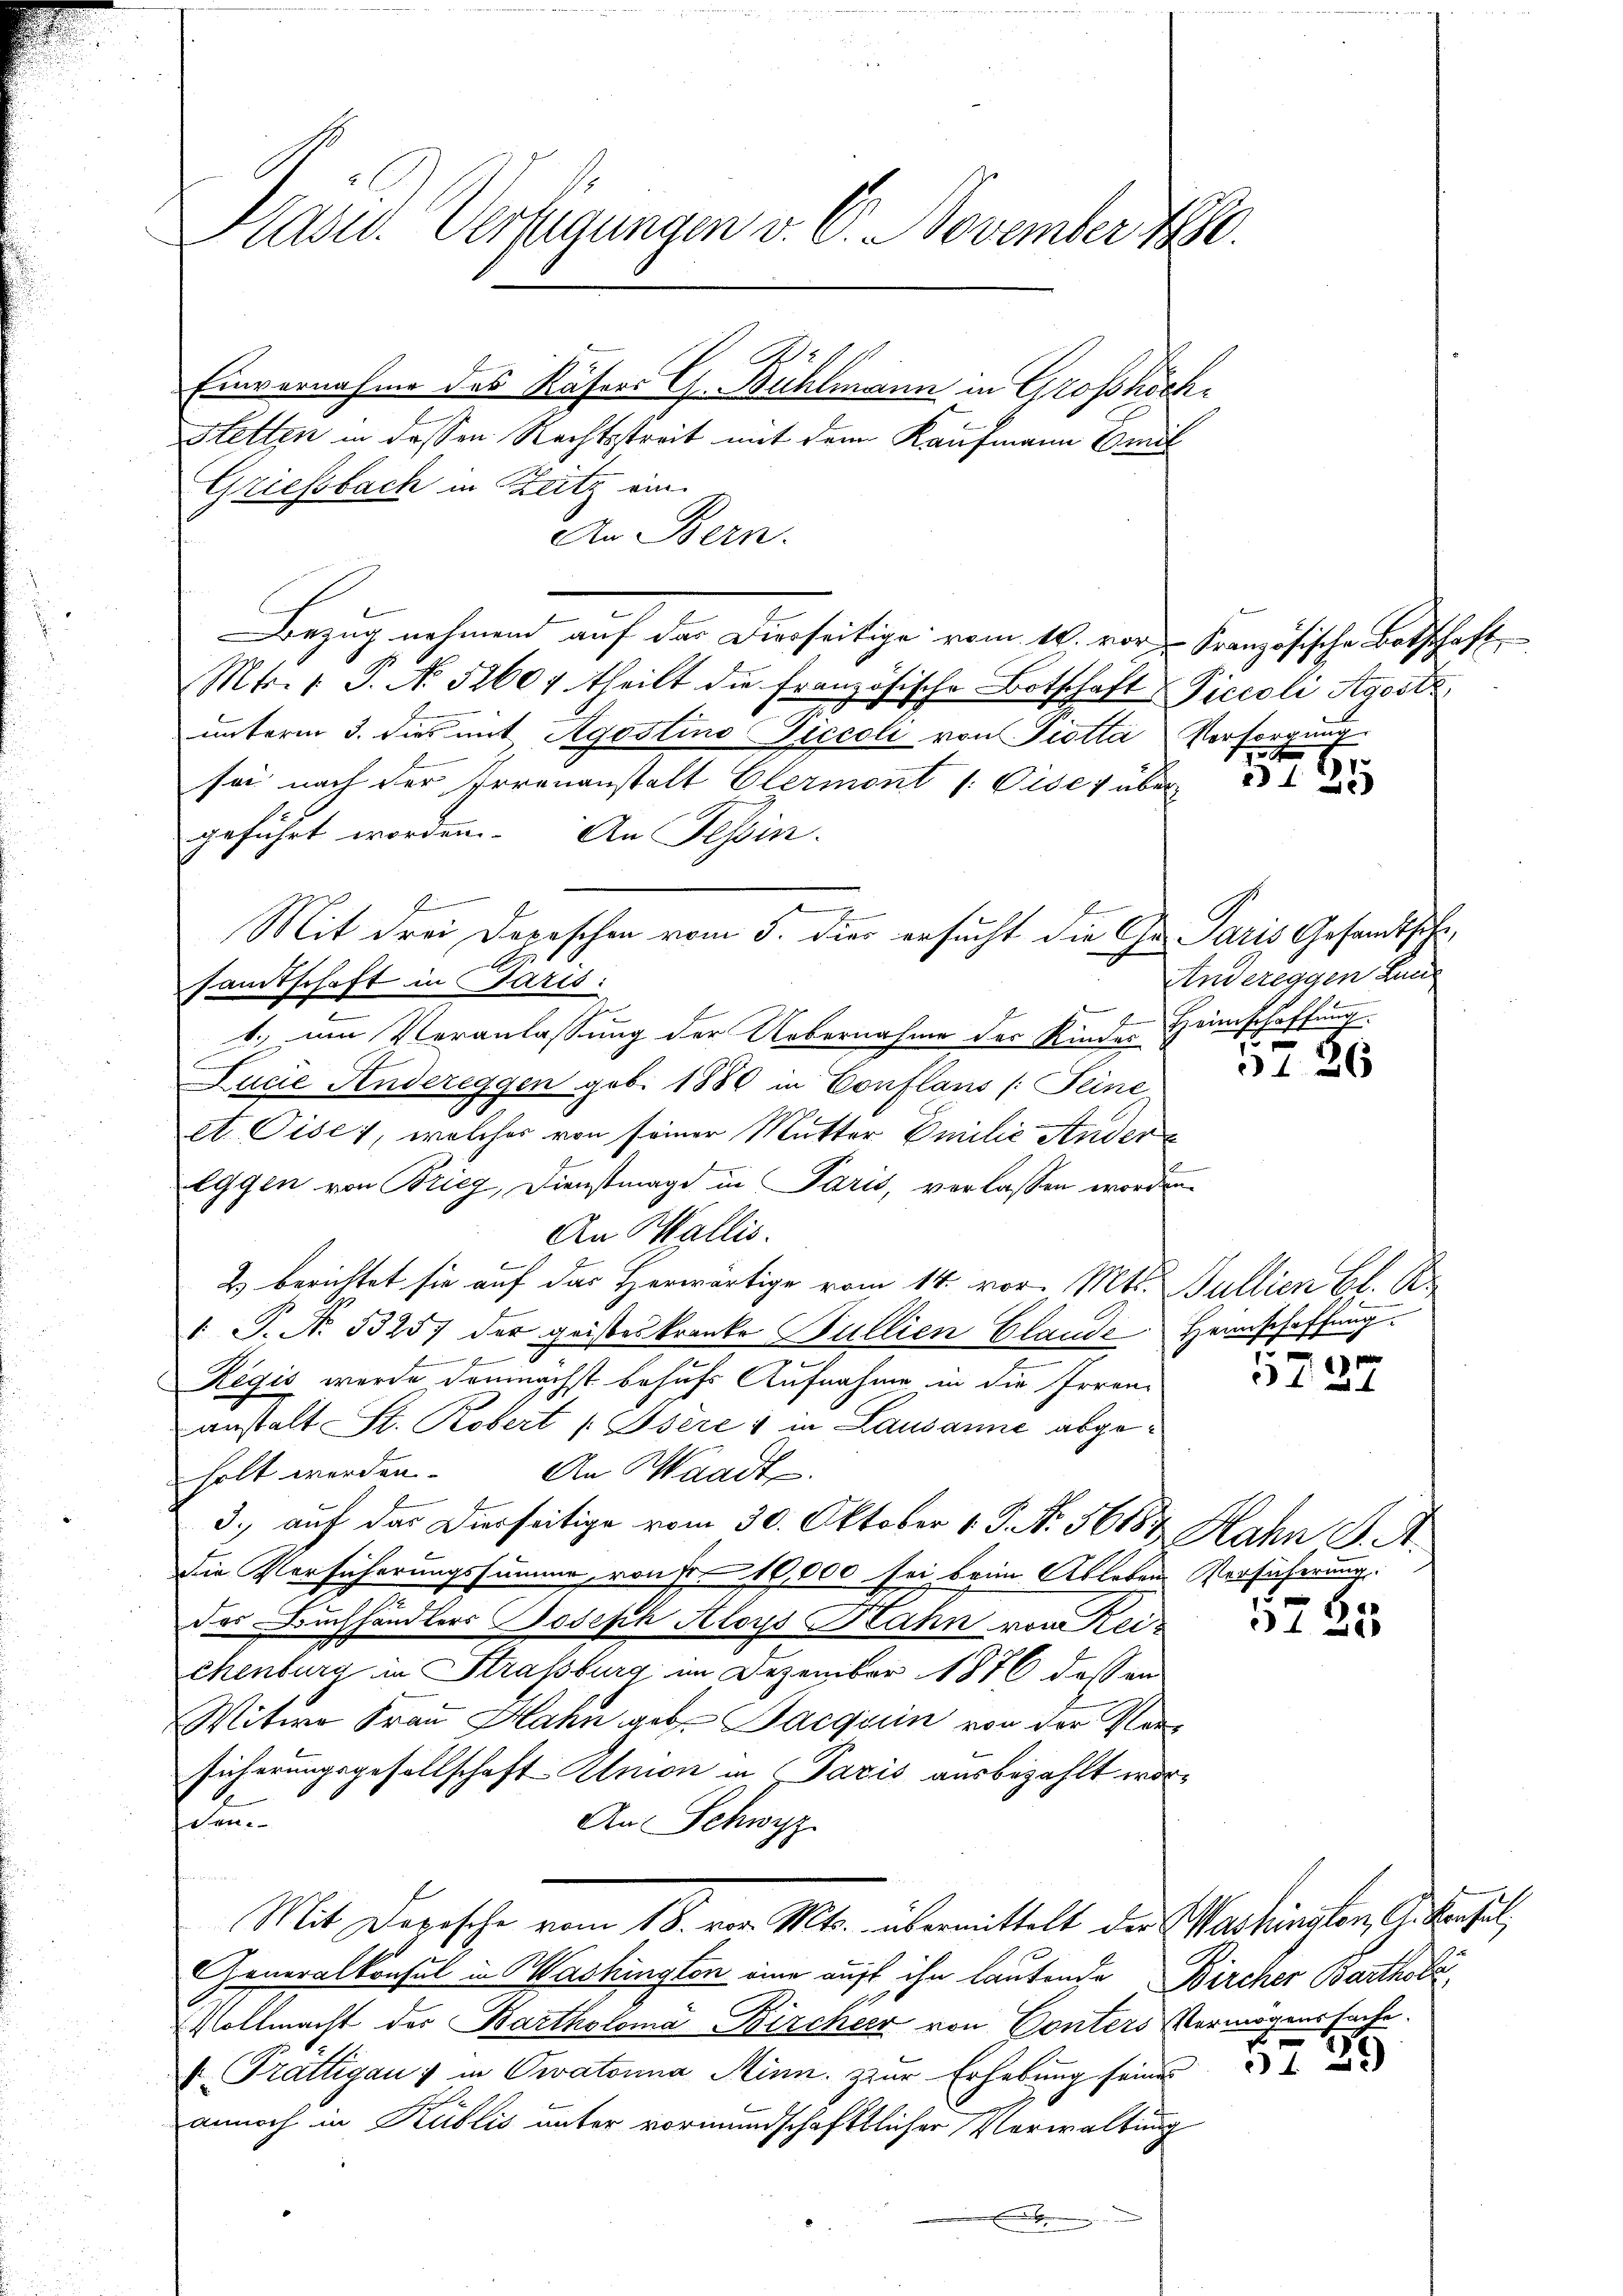
Präsid. Verfügungen v. 6. November 1890.
Einvernahme des Käsers G. Bühlmann in Grosshöch¬
Stetten in dessen Rechtsstreit mit dem Kaufmann Emil
Griessbach in Zeitz ein

An Bern.
Bezug nehmend auf das Dierseitige vom 10. vor Französische Botschaft
Mts. 1. P. N. 52604 theilt die französische Botschaft Piccoli Agostz,
unterm 3. dies mit Agostino Piccoli von Piotta Versorgung
sei nach der Irrenanstalt Glermont /: Cises über
geführt worden. An Fessen.
Mit drei Depeschen vom 5. dies ersucht die Chr. Paris Gesandtschesamtschaft in Paris:
1. um Veranlassung der Uebernahme der Kinder Heimschaffung
Lucie Andereggen geb. 1880 in Conflans (Seine
st. Cise, welches von seiner Mutter Emilie Andere
Eggen von Brieg, Dienstmagd in Paris, verlassen worden.
An Wallis.
2) berichtet sie auf das Herwärtige vom 14. vor. Mtt. Bullien Bl. R.
1 S. No. 53257 der geisteskranke Bullien Claude Heimschaffung
Regis wurde demnächst behufs Aufnahme in die Irrenanstalt St. Robert (Isères in Lausanne abge¬
An Waadt.
holt werden.
3.) auf das Dierseitige vom 30. Oktober v. J. N. 56184 Hahn S. A.
Die Versicherungssumme von fr. 10,000 sei beim Ableben Vorsicherung.
das Buchhändlers Joseph Aloys Nahn von Reichenburg in Strassburg im Dezember 1876 dessen
Witwe Frau Hahn geb. Jacquin von der Versicherungsgesellschaft Almon in Paris ausbezahlt worden
An Schwyz
Mit Dorische vom 18. vor. Mts. übermittelt der Washingten Ankaufel,
Generalkonsul in Washington eine auf ihn lautende Bircher Bartholz
Vollmacht der Bartholomá Bircher von Conters Vermögenssache.
 Trattigau & in Oratonna Minn. Zur Erhebung seine
annoch in Kublis unter vormundschaftlicher Verwaltung

6.

24

Andereggen Lan

5726

)

5735

E

o. 29